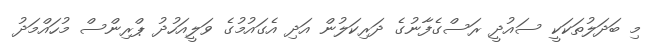
މި ބަދަލުތަކަކީ ސައުދީ ރަސްގެފާނުގެ ދަރިކަލުން އަދި އެގައުމުގެ ވަލީއަހުދު ޕްރިންސް މުހައްމަދު